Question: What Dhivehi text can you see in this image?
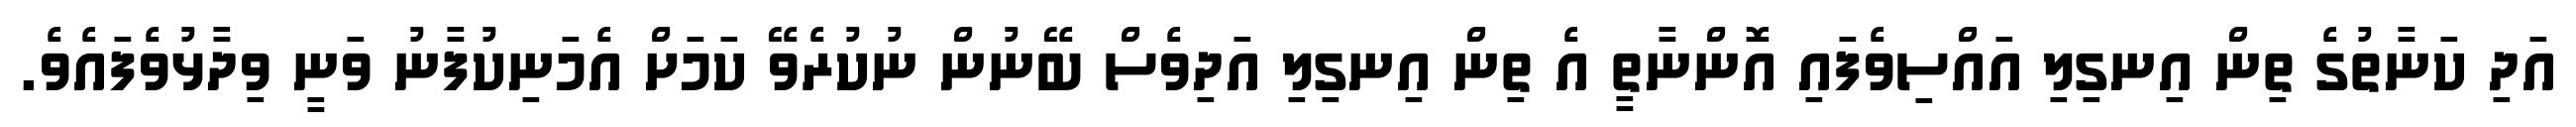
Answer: އަދި ކަނާތުގެ ތިން އިނގިލި އައްސިވެފައި އޮންނާތީ އެ ތިން އިނގިލި އަދިވެސް ބޭނުން ނުކުރެވޭ ކަމަށް އެމަނިކުފާނު ވަނީ ވިދާޅުވެފައެވެ.